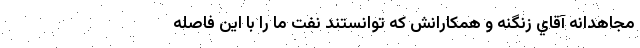
مجاهدانه آقاي زنگنه و همكارانش كه توانستند نفت ما را با اين فاصله